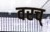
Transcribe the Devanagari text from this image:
वरच्